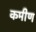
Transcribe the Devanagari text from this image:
कमीण